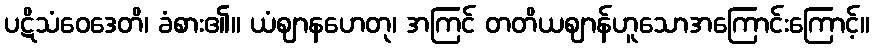
ပဋိသံဝေဒေတိ၊ ခံစား၏။ ယံဈာနဟေတု၊ အကြင် တတိယဈာန်ဟူသောအကြောင်းကြောင့်။